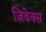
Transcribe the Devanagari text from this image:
ज़िवेक्स